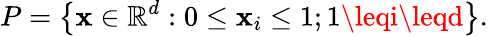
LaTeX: P=\left\{ \mathbf{x}\in\mathbb{{R}}^{d}:0\leq\mathbf{x}_{i}\leq1;1\leqi\leqd\right\} .